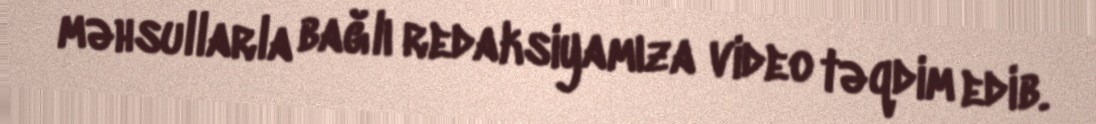
məhsullarla bağlı redaksiyamıza video təqdim edib.